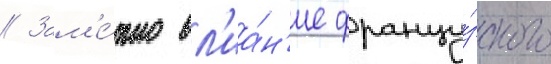
// Зам'е́тно вл'иа́н'ие францу́зского